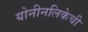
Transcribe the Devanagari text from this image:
योनीनलिकेची